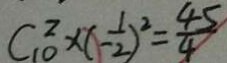
C _ { 1 0 } ^ { 2 } \times ( - \frac { 1 } { 2 } ) ^ { 2 } = \frac { 4 5 } { 4 }